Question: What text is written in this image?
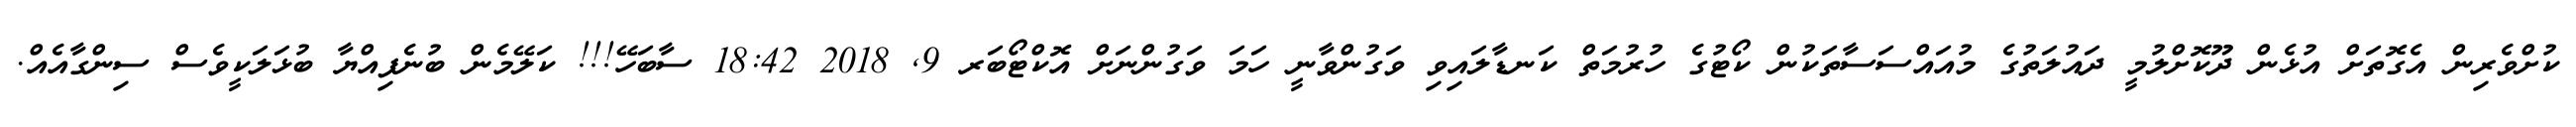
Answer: ކުށްވެރިން އެގޮތަށް އުޅެން ދޫކޮށްލުމީ ދައުލަތުގެ މުއައްސަސާތަކުން ކޯޓުގެ ހުރުމަތް ކަނޑާލައިވި ވަގުންވާނީ ހަމަ ވަގުންނަށް އޮކްޓޯބަރ 9, 2018 18:42 ސާބަހޭ!!! ކަލޭމެން ބުނެފިއްޔާ ބުޅަލަކީވެސް ސިންގާއެއް.